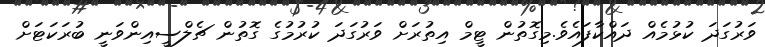
ވަރުގަދަ ކުޅުމެއް ދައްކާފައެވެ.މިގޮތުން ޓީމް އިތުރަށް ވަރުގަދަ ކުރުމުގެ ގޮތުން ޗެލްސީއިންވަނީ ބުރަކަޓަށް